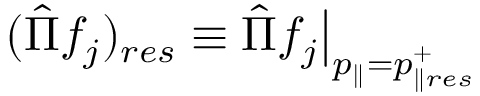
( \hat { \Pi } f _ { j } ) _ { r e s } \equiv \hat { \Pi } f _ { j } \big | _ { p _ { \parallel } = p _ { \parallel r e s } ^ { + } }